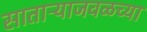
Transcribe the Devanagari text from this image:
साताऱ्याजवळच्या